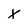
Character: x